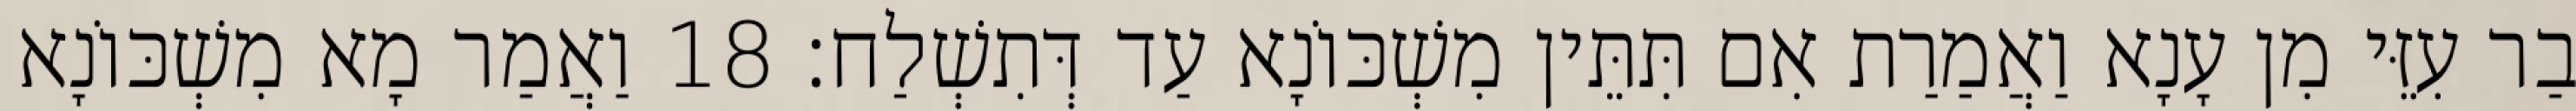
בַר עִזֵּי מִן עָנָא וַאֲמַרַת אִם תִּתֵּין מִשְׁכּוֹנָא עַד דְּתִשְׁלַח׃ 18 וַאֲמַר מָא מִשְׁכּוֹנָא